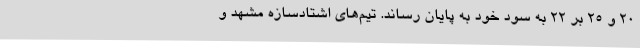
20 و 25 بر 22 به سود خود به پایان رساند. تیم‌های اشتادسازه مشهد و